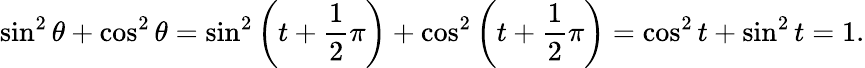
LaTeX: \sin^{2}\theta+\cos^{2}\theta=\sin^{2}\left(t+{\frac{1}{2}}\pi\right)+\cos^{2}\left(t+{\frac{1}{2}}\pi\right)=\cos^{2}t+\sin^{2}t=1.